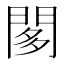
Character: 𨴢